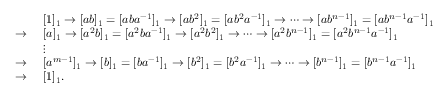
\begin{array} { r l } & { [ 1 ] _ { 1 } \to [ a b ] _ { 1 } = [ a b a ^ { - 1 } ] _ { 1 } \to [ a b ^ { 2 } ] _ { 1 } = [ a b ^ { 2 } a ^ { - 1 } ] _ { 1 } \to \cdots \to [ a b ^ { n - 1 } ] _ { 1 } = [ a b ^ { n - 1 } a ^ { - 1 } ] _ { 1 } } \\ { \to ~ } & { [ a ] _ { 1 } \to [ a ^ { 2 } b ] _ { 1 } = [ a ^ { 2 } b a ^ { - 1 } ] _ { 1 } \to [ a ^ { 2 } b ^ { 2 } ] _ { 1 } \to \cdots \to [ a ^ { 2 } b ^ { n - 1 } ] _ { 1 } = [ a ^ { 2 } b ^ { n - 1 } a ^ { - 1 } ] _ { 1 } } \\ & { \vdots } \\ { \to ~ } & { [ a ^ { m - 1 } ] _ { 1 } \to [ b ] _ { 1 } = [ b a ^ { - 1 } ] _ { 1 } \to [ b ^ { 2 } ] _ { 1 } = [ b ^ { 2 } a ^ { - 1 } ] _ { 1 } \to \cdots \to [ b ^ { n - 1 } ] _ { 1 } = [ b ^ { n - 1 } a ^ { - 1 } ] _ { 1 } } \\ { \to ~ } & { [ 1 ] _ { 1 } . } \end{array}